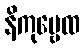
နိကုဗ္ဗေထ